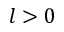
l > 0